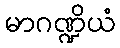
မာဂဏ္ဍိယံ